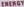
ENERGY